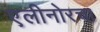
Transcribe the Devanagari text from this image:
एलीनोरचा